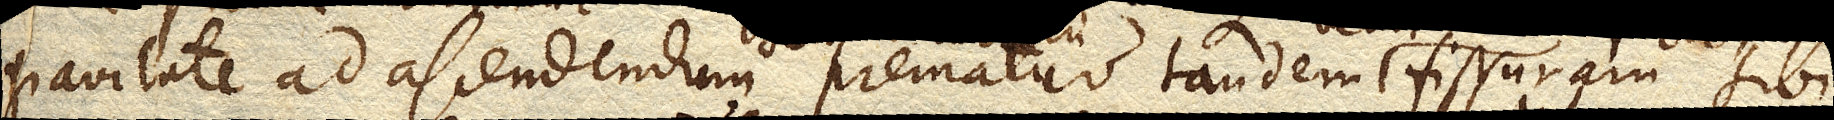
gravitate ad ascendendum prematur tandem velut cuneo facto satis virium nanciscetur ad fissuram sibi